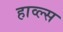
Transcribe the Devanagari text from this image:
हाव्ल्स